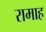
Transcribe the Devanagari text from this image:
रामाह